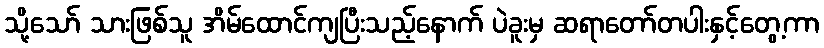
သို့သော် သားဖြစ်သူ အိမ်ထောင်ကျပြီးသည့်နောက် ပဲခူးမှ ဆရာတော်တပါးနှင့်တွေ့ကာ